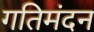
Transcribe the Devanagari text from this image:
गतिमंदन